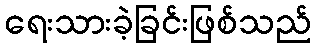
ရေးသားခဲ့ခြင်းဖြစ်သည်